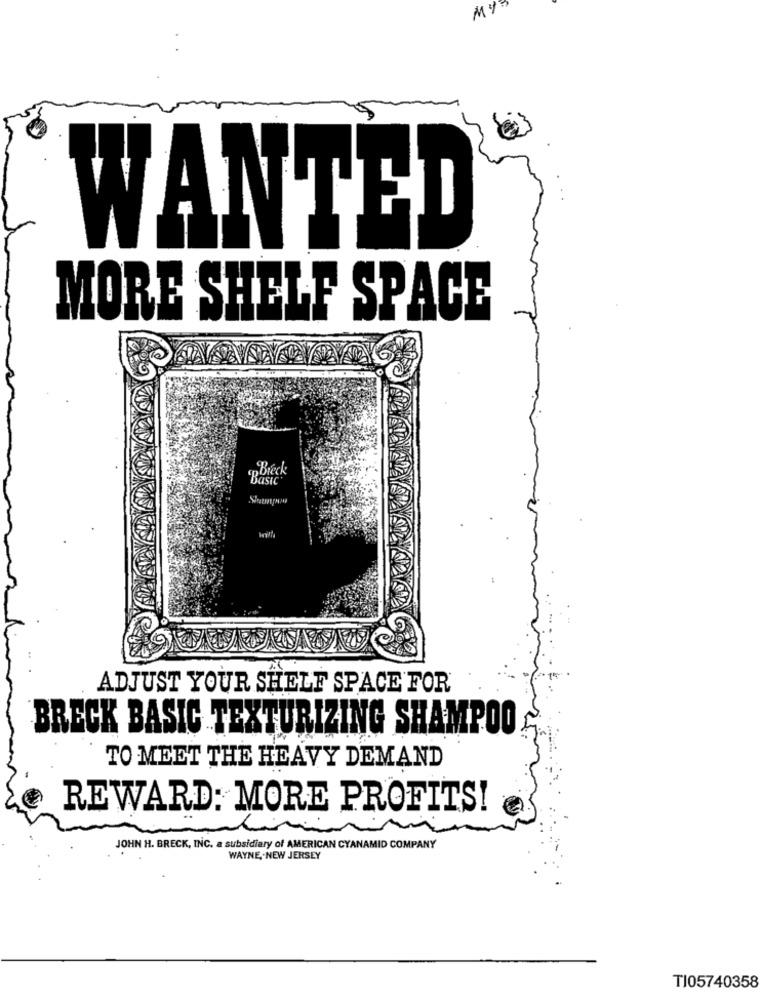
MY3
WANTED
MORE SHELF SPACE
„Breck
Basic
ADJUST YOUR SHELF SPACE FOR
BRECK BASIC TEXTURIZING SHAMPOO
TO MEET THE HEAVY DEMAND
REWARD: MORE PROFITS!
JOHN H. BRECK, INC. a subsidiary of AMERICAN CYANAMID COMPANY
WAYNE ,. NEW JERSEY
TJ05740358